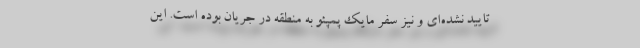
تایید نشده‌ای و نیز سفر مایک پمپئو به منطقه در جریان بوده است. این